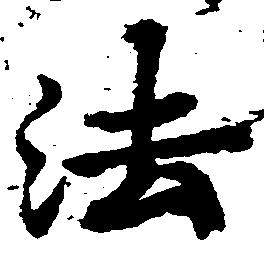
法